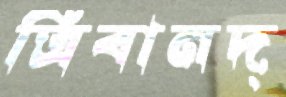
ত্রিবানদ্